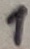
Text: 1